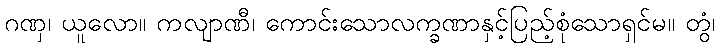
ဂဏှ၊ ယူလော။ ကလျာဏီ၊ ကောင်းသောလက္ခဏာနှင့်ပြည့်စုံသောရှင်မ။ တွံ၊